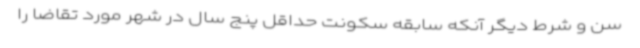
سن و شرط دیگر آنکه سابقه سکونت حداقل پنج سال در شهر مورد تقاضا را